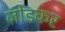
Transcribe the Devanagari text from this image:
ज़ोडकर